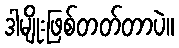
ဒါမျိုးဖြစ်တတ်တာပဲ။